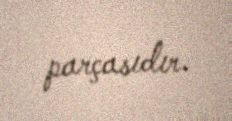
parçasıdır.